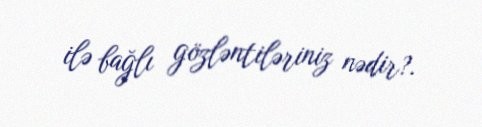
ilə bağlı gözləntiləriniz nədir?.